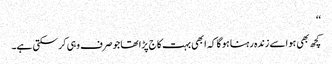
‘‘
کچھ بھی ہو اسے زندہ رہنا ہو گا کہ ابھی بہت کاج پڑا تھا جو صرف وہی کرسکتی ہے۔